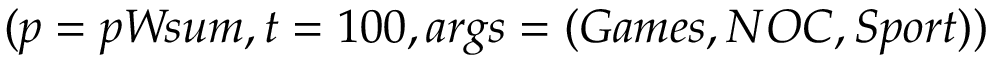
( p = p W \! s u m , t = 1 0 0 , a r g s = ( G a m e s , N O C , S p o r t ) )